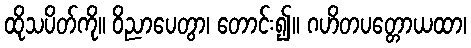
ထိုသပိတ်ကို။ ဝိညာပေတွာ၊ တောင်း၍။ ဂဟိတပတ္တောယထာ၊